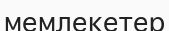
мемлекетер